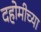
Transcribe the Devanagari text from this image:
दहोमीच्या